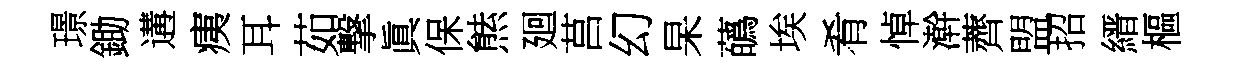
璟鋤遘痍耳茹撃眞保㷱廻莒幻杲蘤埃肴悼澣薺盟招縉樞